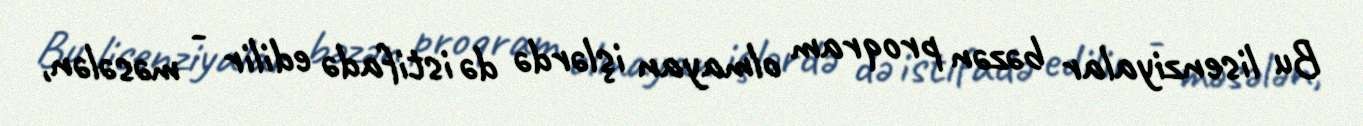
Bu lisenziyalar bəzən proqram olmayan işlərdə də istifadə edilir - məsələn,